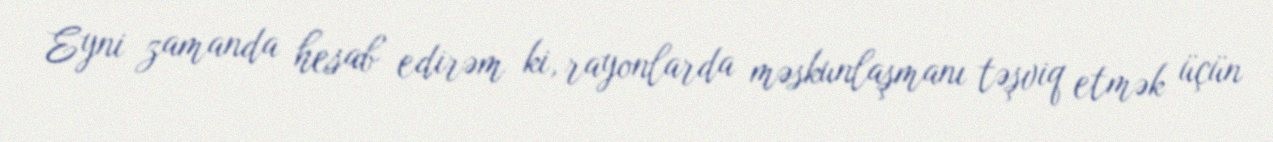
Eyni zamanda hesab edirəm ki, rayonlarda məskunlaşmanı təşviq etmək üçün